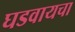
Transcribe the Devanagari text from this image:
घडवायचा